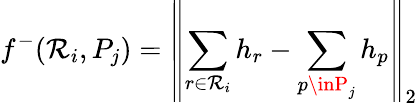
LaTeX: f^{-}(\mathcal{R}_{i},P_{j})=\left\| \sum_{r\in\mathcal{R}_{i}}h_{r}-\sum_{p\inP_{j}}h_{p}\right\| _{2}